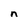
Character: n